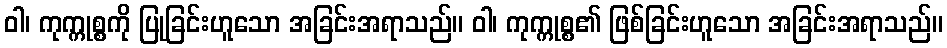
ဝါ၊ ကုက္ကုစ္စကို ပြုခြင်းဟူသော အခြင်းအရာသည်။ ဝါ၊ ကုက္ကုစ္စ၏ ဖြစ်ခြင်းဟူသော အခြင်းအရာသည်။